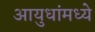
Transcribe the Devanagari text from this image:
आयुधांमध्ये